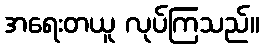
အရေးတယူ လုပ်ကြသည်။